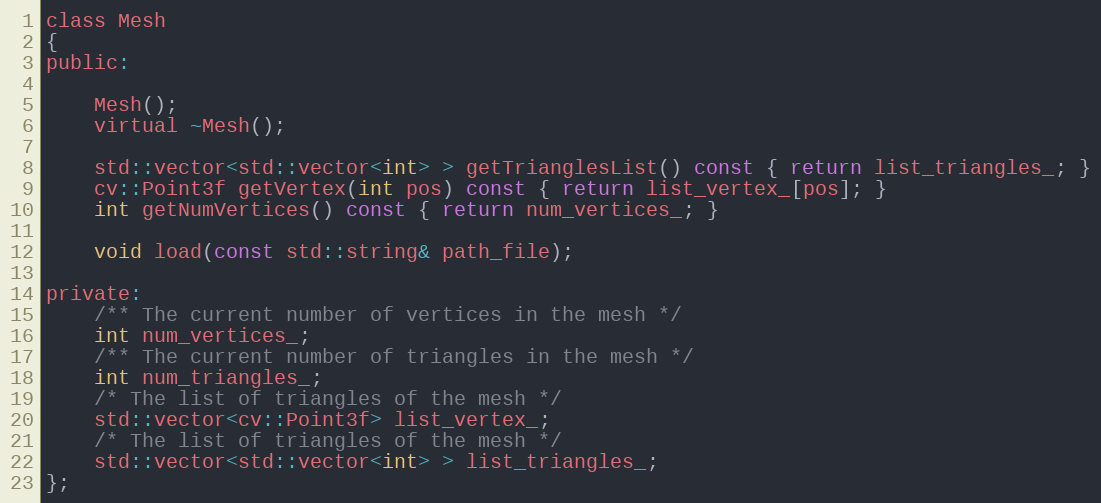
Language: C
class Mesh
{
public:

    Mesh();
    virtual ~Mesh();

    std::vector<std::vector<int> > getTrianglesList() const { return list_triangles_; }
    cv::Point3f getVertex(int pos) const { return list_vertex_[pos]; }
    int getNumVertices() const { return num_vertices_; }

    void load(const std::string& path_file);

private:
    /** The current number of vertices in the mesh */
    int num_vertices_;
    /** The current number of triangles in the mesh */
    int num_triangles_;
    /* The list of triangles of the mesh */
    std::vector<cv::Point3f> list_vertex_;
    /* The list of triangles of the mesh */
    std::vector<std::vector<int> > list_triangles_;
};